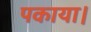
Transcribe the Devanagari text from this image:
पकाया।